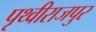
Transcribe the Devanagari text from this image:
पृथ्वीराजपुर